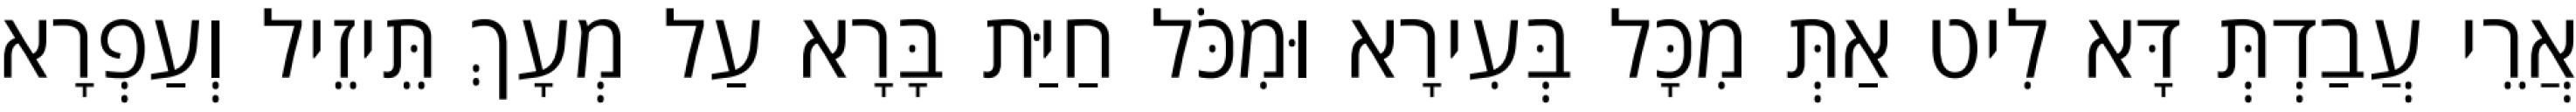
אֲרֵי עֲבַדְתְּ דָּא לִיט אַתְּ מִכָּל בְּעִירָא וּמִכֹּל חַיַּת בָּרָא עַל מְעָךְ תֵּיזֵיל וְעַפְרָא